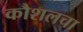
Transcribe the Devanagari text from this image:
कौशलचा